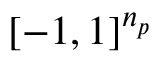
[ - 1 , 1 ] ^ { n _ { p } }